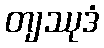
တျဿုဒံ